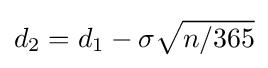
d_{2}=d_{1}-\sigma {\sqrt {n/365}}